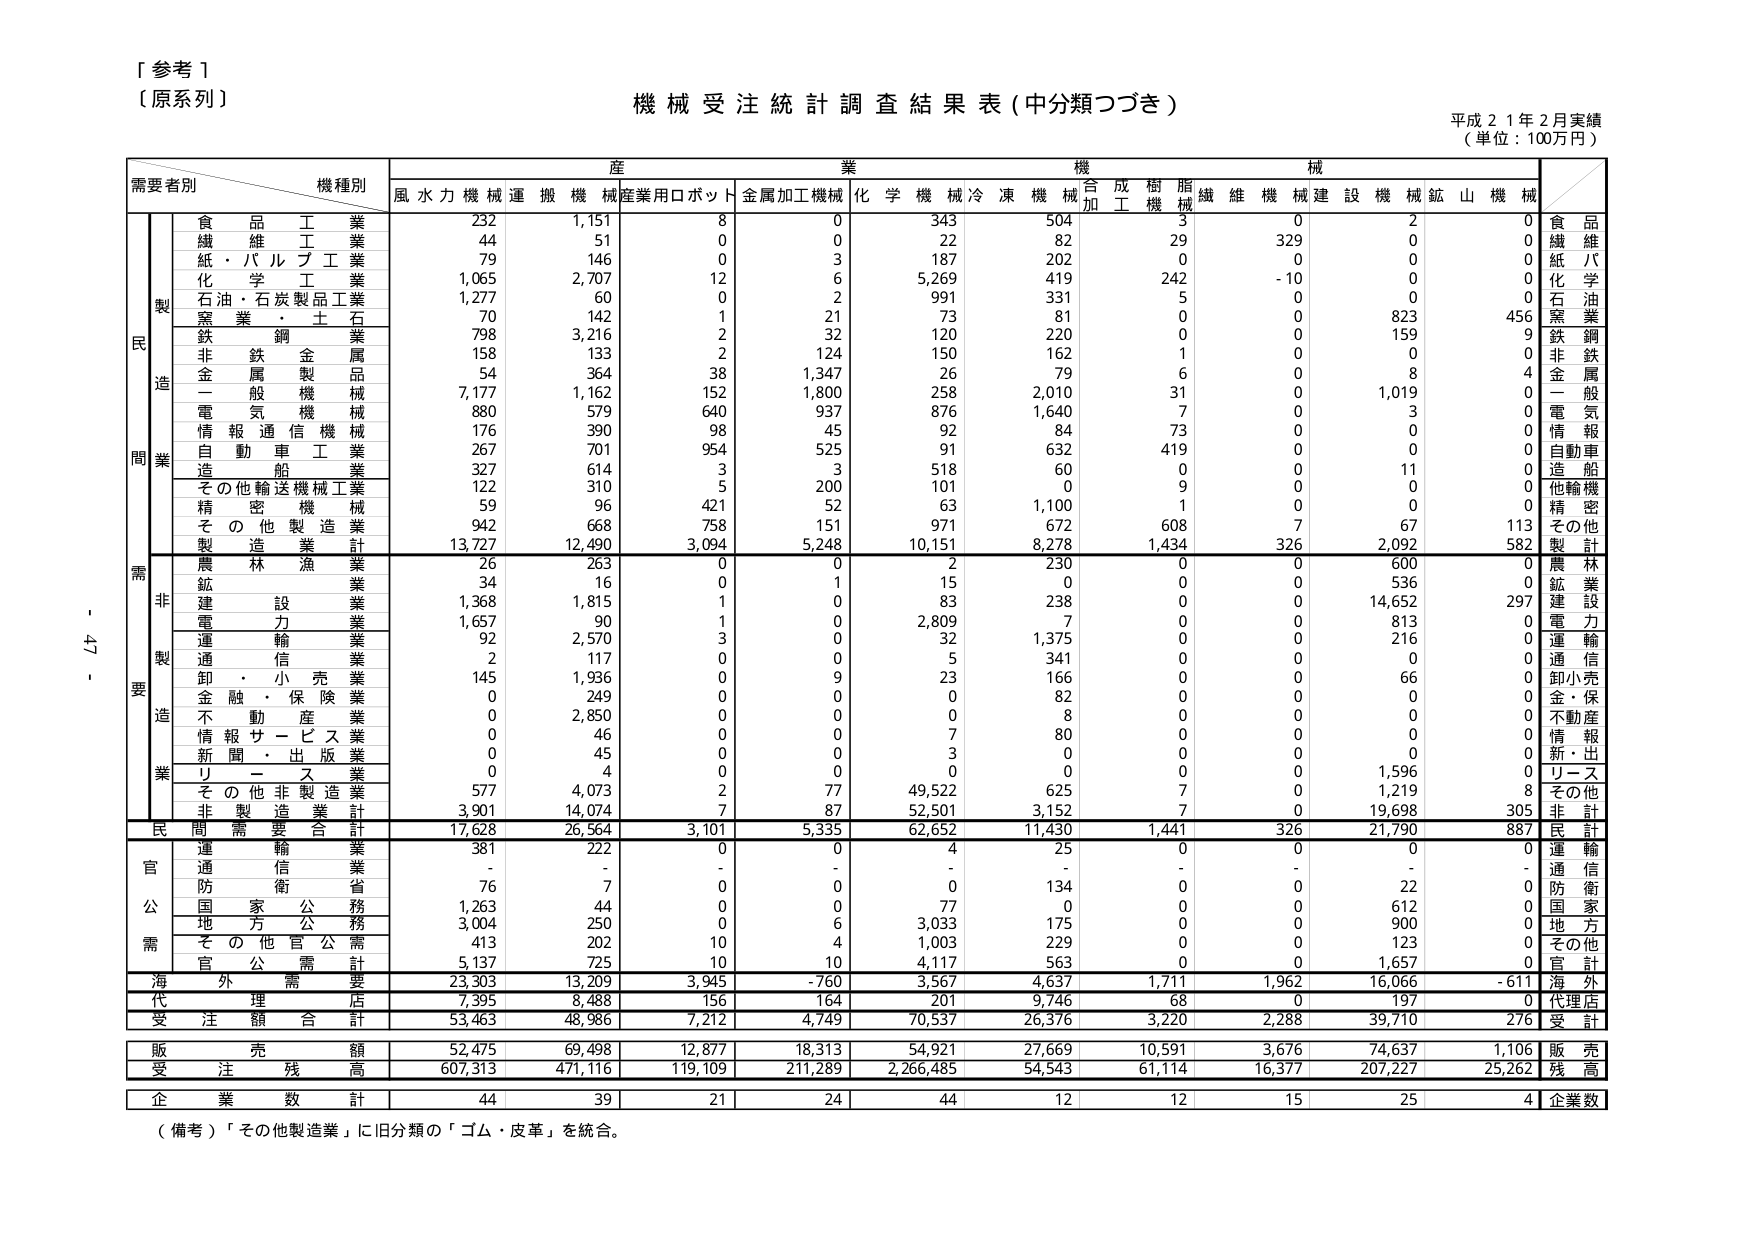
[参考]
〔原系列〕
機械受注統計調査結果表（中分類つづき）
平成21年2月実績
（単位：100万円）

需要者別　　機種別